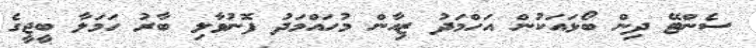
ސެންޓޭ ދިން ބޯޅައަކުން އަހްމަދު ޒިއާން މުހައްމަދު ފޮނުވާލި ބާރު ހަމަލާ ބީޖީގެ